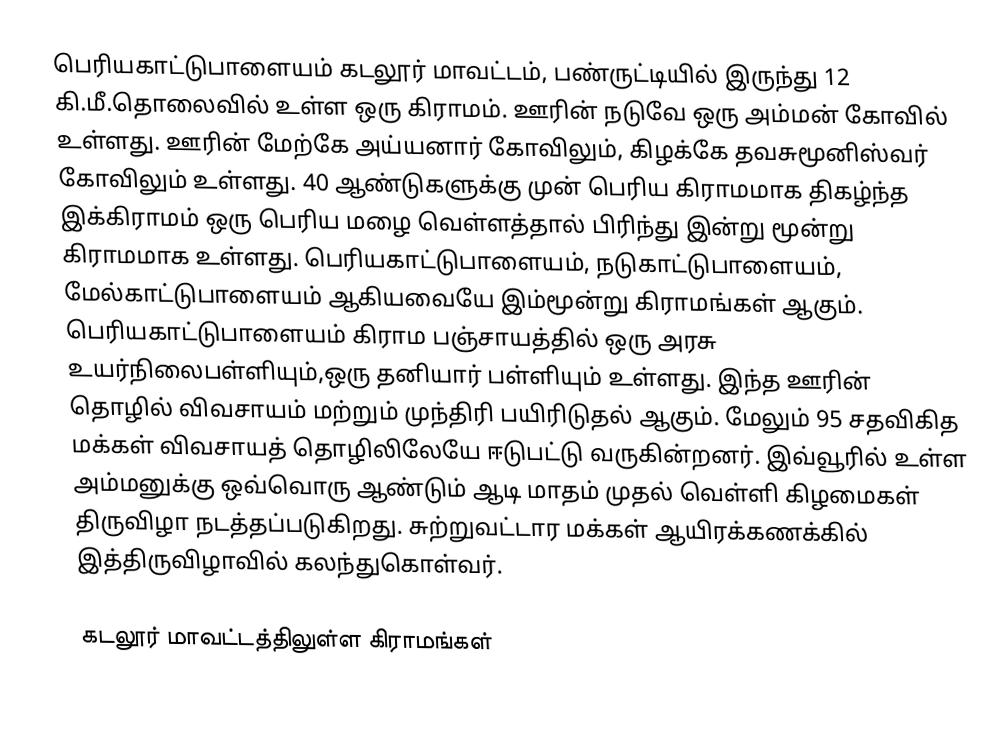
பெரியகாட்டுபாளையம் கடலூர் மாவட்டம், பண்ருட்டியில் இருந்து 12 கி.மீ.தொலைவில் உள்ள ஒரு கிராமம். ஊரின் நடுவே ஒரு அம்மன் கோவில் உள்ளது. ஊரின் மேற்கே அய்யனார் கோவிலும், கிழக்கே தவசுமூனிஸ்வர் கோவிலும் உள்ளது. 40 ஆண்டுகளுக்கு முன் பெரிய கிராமமாக திகழ்ந்த இக்கிராமம் ஒரு பெரிய மழை வெள்ளத்தால் பிரிந்து இன்று மூன்று கிராமமாக உள்ளது. பெரியகாட்டுபாளையம், நடுகாட்டுபாளையம், மேல்காட்டுபாளையம் ஆகியவையே இம்மூன்று கிராமங்கள் ஆகும். பெரியகாட்டுபாளையம் கிராம பஞ்சாயத்தில் ஒரு அரசு உயர்நிலைபள்ளியும்,ஒரு தனியார் பள்ளியும் உள்ளது. இந்த ஊரின் தொழில் விவசாயம் மற்றும் முந்திரி பயிரிடுதல் ஆகும். மேலும்  95 சதவிகித மக்கள் விவசாயத் தொழிலிலேயே ஈடுபட்டு வருகின்றனர். இவ்வூரில் உள்ள அம்மனுக்கு ஒவ்வொரு ஆண்டும் ஆடி மாதம் முதல் வெள்ளி கிழமைகள் திருவிழா நடத்தப்படுகிறது. சுற்றுவட்டார மக்கள் ஆயிரக்கணக்கில் இத்திருவிழாவில் கலந்துகொள்வர்.

கடலூர் மாவட்டத்திலுள்ள கிராமங்கள்